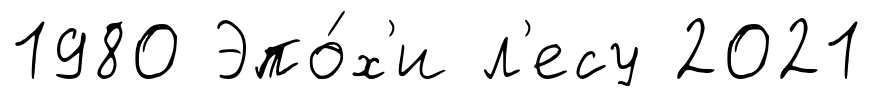
1980 Эпо́х'и л'есу 2021